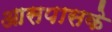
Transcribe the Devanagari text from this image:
आसपासके